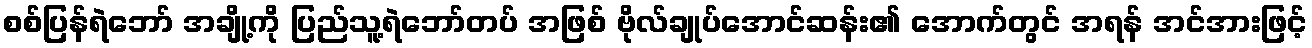
စစ်ပြန်ရဲဘော် အချို့ကို ပြည်သူ့ရဲဘော်တပ် အဖြစ် ဗိုလ်ချုပ်အောင်ဆန်း၏ အောက်တွင် အရန် အင်အားဖြင့်